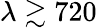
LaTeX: \lambda\gtrsim 720